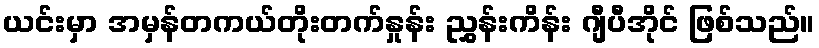
ယင်းမှာ အမှန်တကယ်တိုးတက်နှုန်း ညွှန်းကိန်း ဂျီပီအိုင် ဖြစ်သည်။